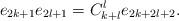
LaTeX: \begin{align*} e_{2k+1} e_{2l+1}=C_{k+l}^{l} e_{2k+2l+2}.\end{align*}